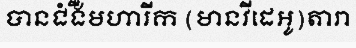
បានជំងឺមហារីក (មានវីដេអូ)តារា